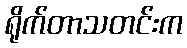
ရိုက်တာသတင်းက